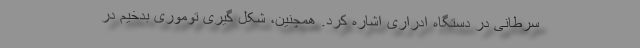
سرطانی در دستگاه ادراری اشاره کرد. همچنین، شکل گیری توموری بدخیم در